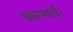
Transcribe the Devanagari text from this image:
धारणाएँ।